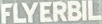
FLYERBIL